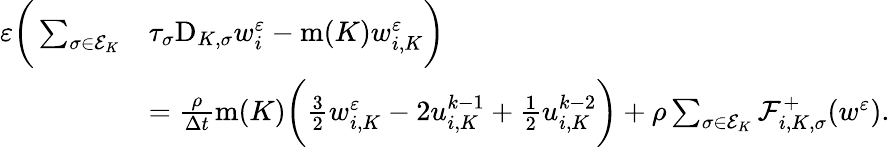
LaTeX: \begin{array}{rl}{\varepsilon\bigg(\sum_{\sigma\in{\mathcal E}_{K}}}&{\tau_{\sigma}\mathrm{D}_{K,\sigma}w_{i}^{\varepsilon}-\operatorname{m}(K)w_{i,K}^{\varepsilon}\bigg)}\\ &{=\frac{\rho}{\Delta t}\operatorname{m}(K)\bigg(\frac 32w_{i,K}^{\varepsilon}-2u_{i,K}^{k-1}+\frac 12u_{i,K}^{k-2}\bigg)+\rho\sum_{\sigma\in{\mathcal E}_{K}}{\mathcal F}_{i,K,\sigma}^{+}(w^{\varepsilon}).}\end{array}